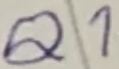
Text: Q1